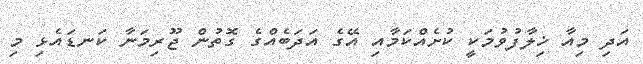
އަދި މިއާ ޚިލާފުވުމަކީ ކުށެއްކަމާއި އޭގެ އަދަބެއްގެ ގޮތުން ޖޫރިމަނާ ކަނޑައެޅި މި